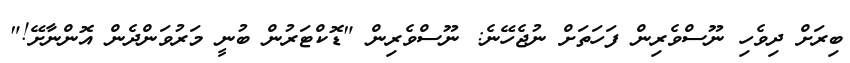
ބިރަށް ދިވެހި ނޫސްވެރިން ފަހަތަށް ނުޖެހޭނެ: ނޫސްވެރިން "ޑޮކްޓަރުން ބުނީ މަރުވަންދެން އޮންނާށޭ!"